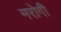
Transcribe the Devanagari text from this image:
मरोगी